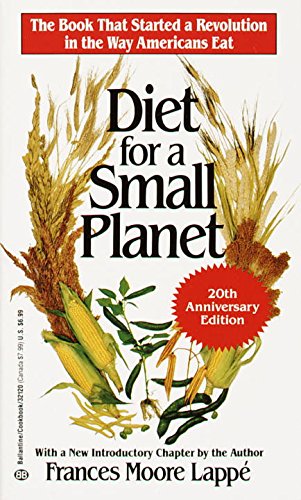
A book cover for Diet for a Small Planet (20th Anniversary Edition); Frances Moore Lappe; Cookbooks, Food & Wine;